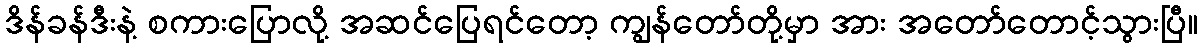
ဒိန်ခန်ဒီးနဲ့ စကားပြောလို့ အဆင်ပြေရင်တော့ ကျွန်တော်တို့မှာ အား အတော်တောင့်သွားပြီ။